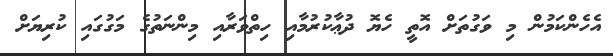
އެހެންކަމުން މި ވަގުތަށް އޮތީ ހެޔޮ ދުޢާކުރުމާއި ހިތްވަރާއި މިންނަތުގެ މަގުގައި ކުރިޔަށް